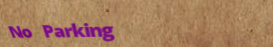
No Parking